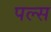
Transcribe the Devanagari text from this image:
पल्‍स